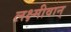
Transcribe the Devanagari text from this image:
लक्ष्मीवान्